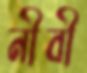
নীবী